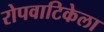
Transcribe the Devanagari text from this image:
रोपवाटिकेला